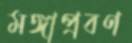
মঙ্গাপ্রবণ